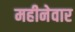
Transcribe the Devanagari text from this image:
महीनेवार